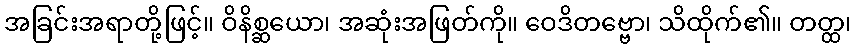
အခြင်းအရာတို့ဖြင့်။ ဝိနိစ္ဆယော၊ အဆုံးအဖြတ်ကို။ ဝေဒိတဗ္ဗော၊ သိထိုက်၏။ တတ္ထ၊